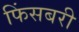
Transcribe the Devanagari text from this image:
फिंसबरी